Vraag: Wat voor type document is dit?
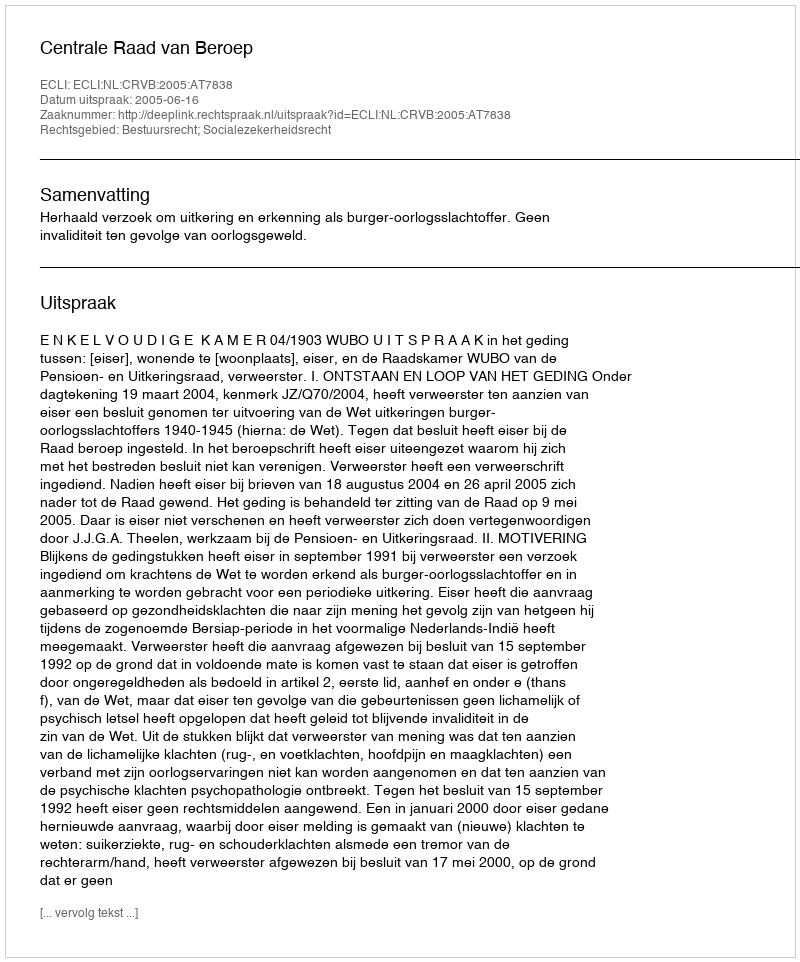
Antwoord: Uitspraak